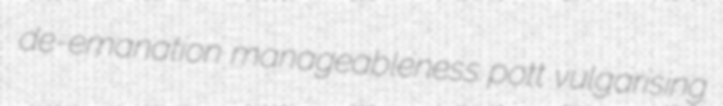
de-emanation manageableness pott vulgarising